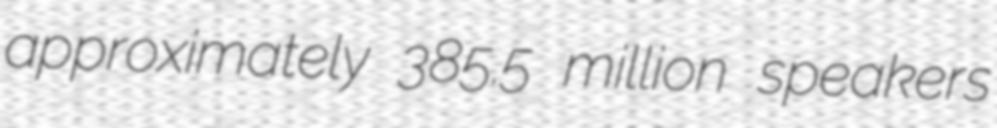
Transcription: approximately 385.5 million speakers